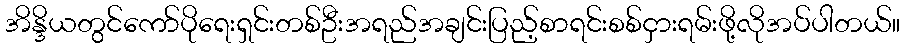
အိန္ဒိယတွင်ကော်ပိုရေးရှင်းတစ်ဦးအရည်အချင်းပြည့်စာရင်းစစ်ငှားရမ်းဖို့လိုအပ်ပါတယ်။